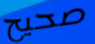
صحيح